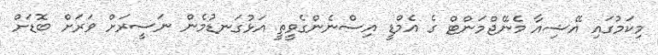
މިކަމުގައި އޭޝިއާ މެނޭޖްމަންޓް ގެ އެމްޑީ އިސްނެންގެވީތީ އަޅުގަނޑުމެން ނަސީރަށް ވަރަށް ބޮޑަށް